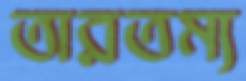
তারতম্য